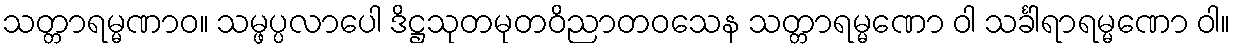
သတ္တာရမ္မဏာဝ။ သမ္ဖပ္ပလာပေါ ဒိဋ္ဌသုတမုတဝိညာတဝသေန သတ္တာရမ္မဏော ဝါ သင်္ခါရာရမ္မဏော ဝါ။